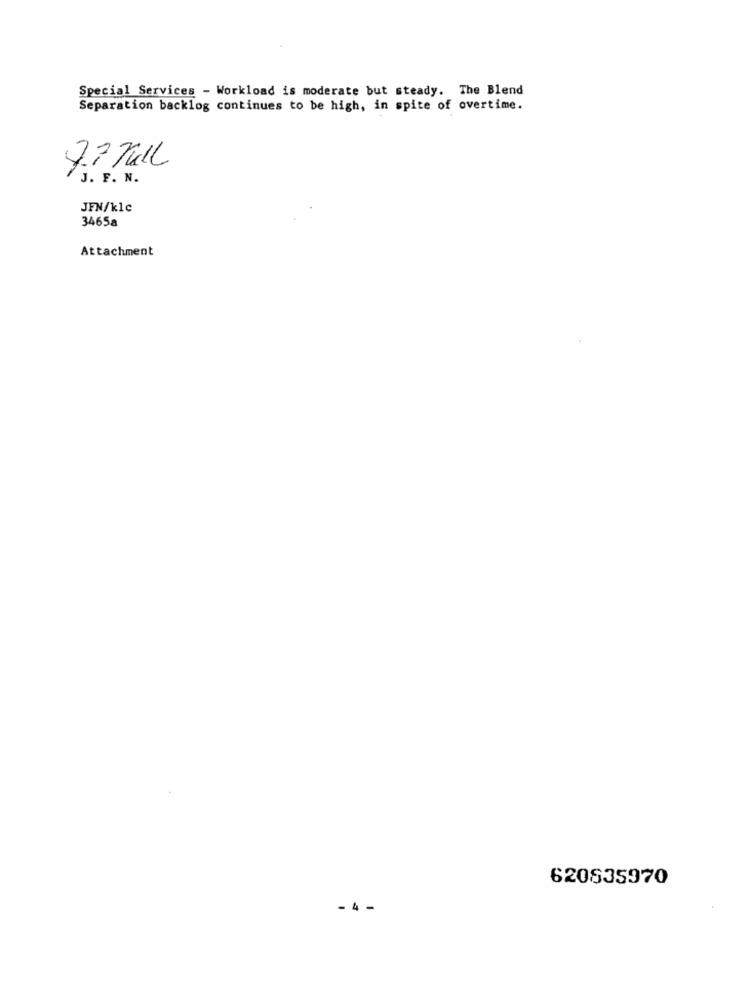
Special Services - Workload is moderate but steady. The Blend
Separation backlog continues to be high, in spite of overtime.
7.7 /ull
J. F. N.
JFN/klc
3465a
Attachment
620835970
- 4 -